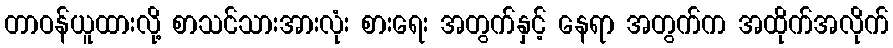
တာဝန်ယူထားလို့ စာသင်သားအားလုံး စားရေး အတွက်နှင့် နေရာ အတွက်က အထိုက်အလိုက်